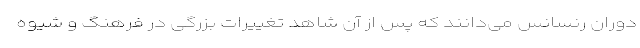
دوران رنسانس می‌دانند که پس از آن شاهد تغییرات بزرگی در فرهنگ و شیوه